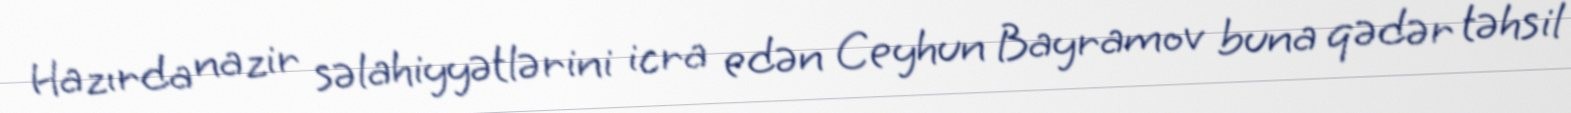
Hazırda nazir səlahiyyətlərini icra edən Ceyhun Bayramov buna qədər təhsil